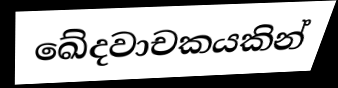
ඛේදවාචකයකින්